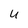
Character: u